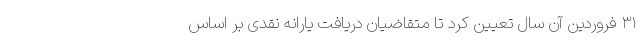
۳۱ فروردین آن سال تعیین کرد تا متقاضیان دریافت یارانه نقدی بر اساس